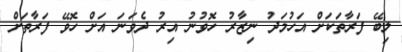
ލިބޭ ފަރާތަކަށް އަހުމަދު ނިޒާރު ހޮވުނު އިރު ދެވަނަ އަށް ހޮވޭ ފަރާތަށް